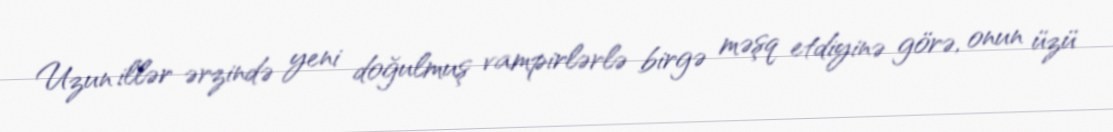
Uzun illər ərzində yeni doğulmuş vampirlərlə birgə məşq etdiyinə görə, onun üzü